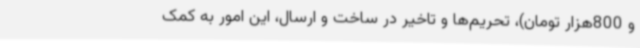
و 800هزار تومان)، تحریم‌ها و تاخیر در ساخت و ارسال، این امور به کمک